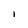
Character: l